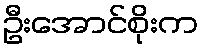
ဦးအောင်စိုးက